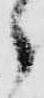
之